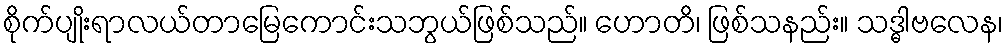
စိုက်ပျိုးရာလယ်တာမြေကောင်းသဘွယ်ဖြစ်သည်။ ဟောတိ၊ ဖြစ်သနည်း။ သဒ္ဓါဗလေန၊